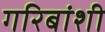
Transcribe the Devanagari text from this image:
गरिबांशी